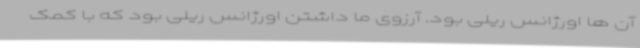
آن ها اورژانس ریلی بود. آرزوی ما داشتن اورژانس ریلی بود که با کمک